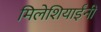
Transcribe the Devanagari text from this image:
मिलेशियाईंनी